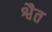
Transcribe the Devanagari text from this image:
श्वैत